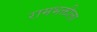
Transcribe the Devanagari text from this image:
रामभक्तीला